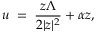
u \; = \; \frac { z \Lambda } { 2 | z | ^ { 2 } } + \alpha z ,